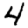
Digit: 4